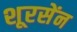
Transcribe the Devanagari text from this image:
शूरसेंन